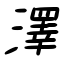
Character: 澤